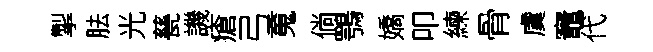
掣胠光甆譏瘡弓䰟倘鶚嬌叩練骨虞竈代